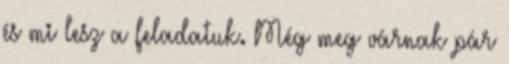
és mi lesz a feladatuk. Még meg várnak pár